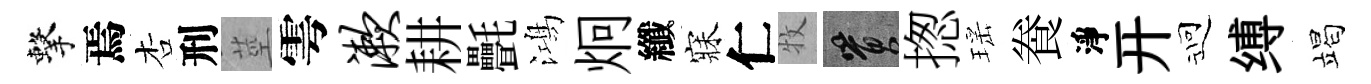
擊焉杏刑莖雩漱耕㲲鴻炯纖寐仁牧篔揔瑶飬淨开迎缚竭